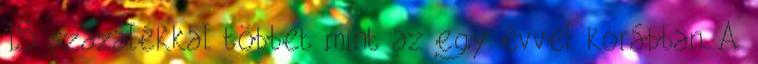
15 százalékkal többet mint az egy évvel korábban. A